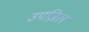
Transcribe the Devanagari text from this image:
उपज़िल